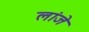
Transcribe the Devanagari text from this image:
लांजे